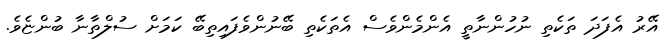
އޭރު އެފަދަ ތަކެތި ނުހުންނާތީ އެންމެންވެސް އެތަކެތި ބޭނުންވެފައިތިބޭ ކަމަށް ސުލްތާނާ ބުންޏެވެ.